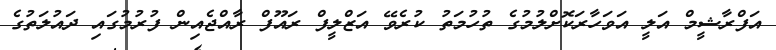
އަފްރާޝީމް އަލީ އަވަހާރަކޮށްލުމުގެ ތުހުމަތު ކުރެވޭ އަޒްލީފް ރައޫފް ރާއްޖެއިން ފުރުމުގައި ދައުލަތުގެ